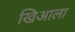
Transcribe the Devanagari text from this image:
खिआला